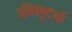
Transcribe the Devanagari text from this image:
फ्रीलूटर्स